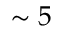
\sim 5